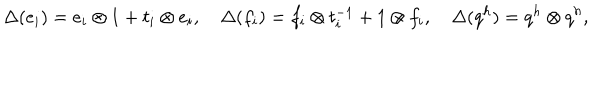
\Delta ( e _ { i } ) = e _ { i } \otimes 1 + t _ { i } \otimes e _ { i } , \quad \Delta ( f _ { i } ) = f _ { i } \otimes t _ { i } ^ { - 1 } + 1 \otimes f _ { i } , \quad \Delta ( q ^ { h } ) = q ^ { h } \otimes q ^ { h } ,